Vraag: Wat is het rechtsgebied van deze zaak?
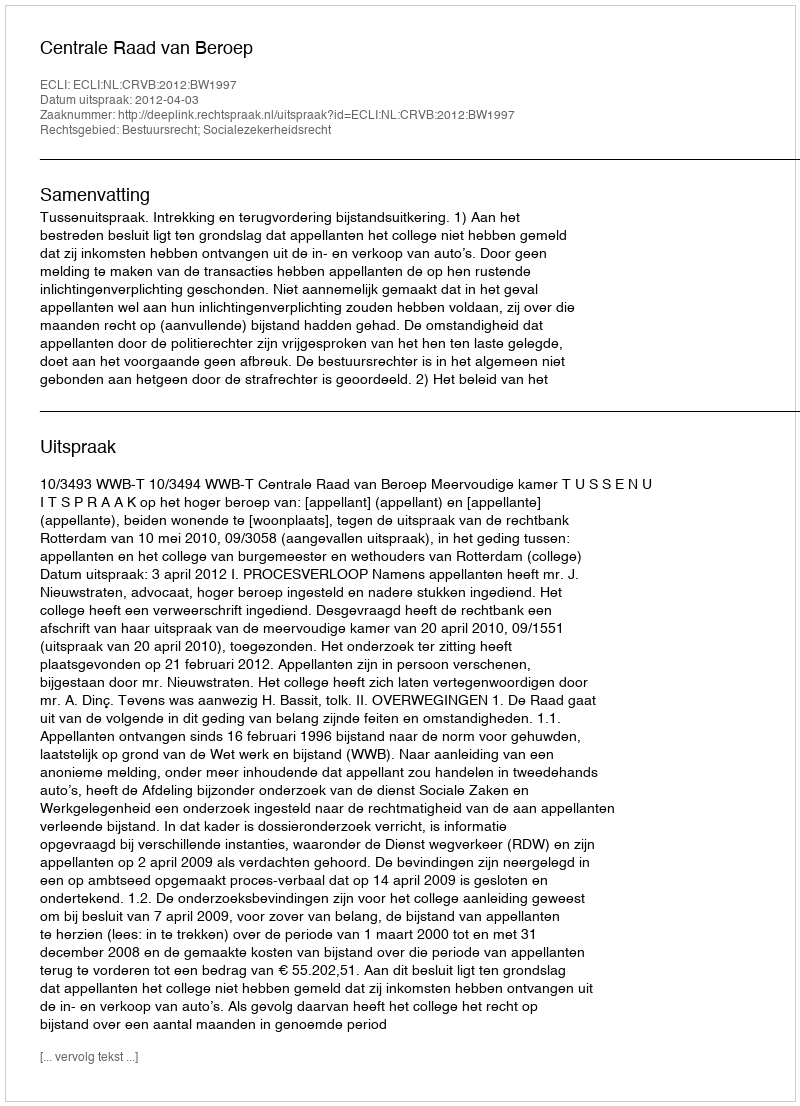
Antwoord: Bestuursrecht; Socialezekerheidsrecht